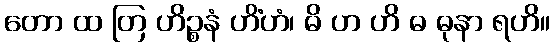
တော ထ တြ ဟိဉ္စနံ ဟိံဟံ၊ ဓိ ဟ ဟိ ဓ ဓုနာ ရဟိ။